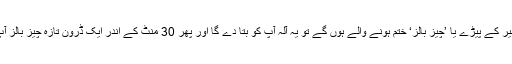
جب آپ کے فریج میں پنیر کے پیڑے یا ’چیز بالز‘ ختم ہونے والے ہوں گے تو یہ آلہ آپ کو بتا دے گا اور پھر 30 منٹ کے اندر ایک ڈرون تازہ چیز بالز آپ کے گھر پہنچا دے گا۔